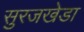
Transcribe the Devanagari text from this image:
सुरजखेडा